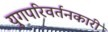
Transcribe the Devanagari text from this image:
युगपरिवर्तनकारी